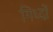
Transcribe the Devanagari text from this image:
गिध्दों